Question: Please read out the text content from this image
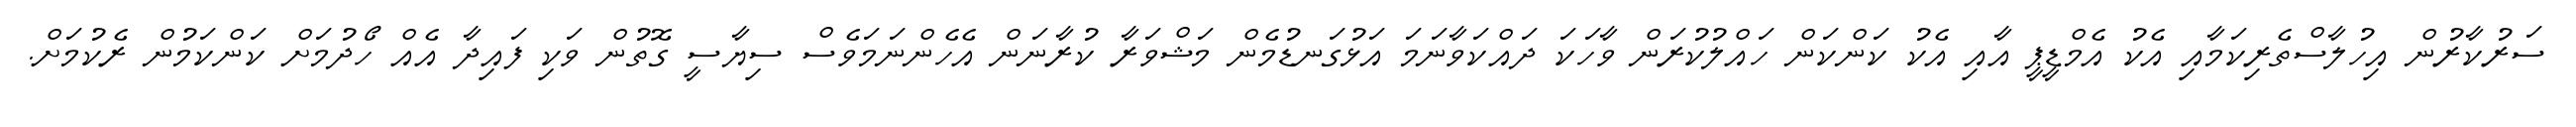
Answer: ސަރުކާރުން އިހުލާސްތެރިކަމާއި އެކު އެމްޑީޕީ އާއި އެކު ކަންކަން ހައްލުކުރަން ވާހަކަ ދައްކަވާނަމަ އަޅުގަނޑުމެން މަޝްވަރާ ކުރާނަން އެހެންނަމަވެސް ސިޔާސީ ގޮތުން ވަކި ފައިދާ އެއް ހޯދުމަށް ކަންކަމުން ރެކުމަށް.